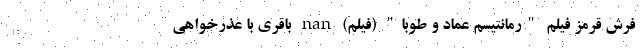
فرش قرمز فیلم "رمانتیسم عماد و طوبا" (فیلم) nan باقری با عذرخواهی